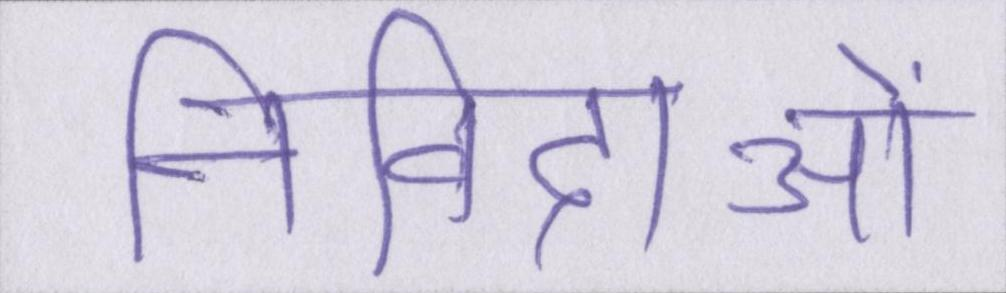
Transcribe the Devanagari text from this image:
निविदाओं